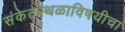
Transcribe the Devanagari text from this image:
संकेतस्थळाविषयीचा